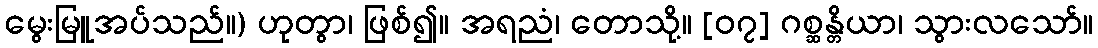
မွေးမြူအပ်သည်။) ဟုတွာ၊ ဖြစ်၍။ အရညံ၊ တောသို့။ [၀၇] ဂစ္ဆန္တိယာ၊ သွားလသော်။